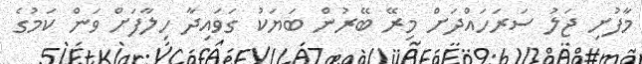
މާފުށި ޖަލު ސަރަހައްދަށް މިރޭ ބޭރުން ބަޔަކު ގަވައިދާ ހިލާފަށް ވަން ކަމުގެ